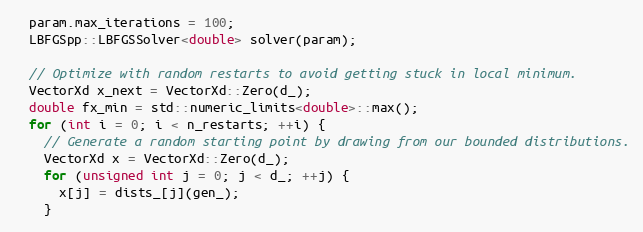
Language: C++
  param.max_iterations = 100;
  LBFGSpp::LBFGSSolver<double> solver(param);

  // Optimize with random restarts to avoid getting stuck in local minimum.
  VectorXd x_next = VectorXd::Zero(d_);
  double fx_min = std::numeric_limits<double>::max();
  for (int i = 0; i < n_restarts; ++i) {
    // Generate a random starting point by drawing from our bounded distributions.
    VectorXd x = VectorXd::Zero(d_);
    for (unsigned int j = 0; j < d_; ++j) {
      x[j] = dists_[j](gen_);
    }